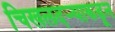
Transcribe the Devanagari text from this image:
चिखलदऱ्याकडून